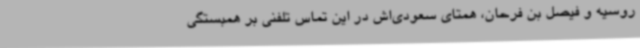
روسیه و فیصل بن فرحان، همتای سعودی‌اش در این تماس تلفنی بر همبستگی